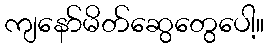
ကျနော်မိတ်ဆွေတွေပေါ့။